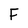
Character: F